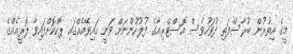
މީގެ އިތުރުން ބުރާސްފަތި ދުވަހުވެސް އޮސްޓްރިއާގެ ފުލުހުންނަށް ވަނީ ހައިވޭއެއްގައި ޕާކްކޮށްފައިވާ ލޮރީއެއްގެ